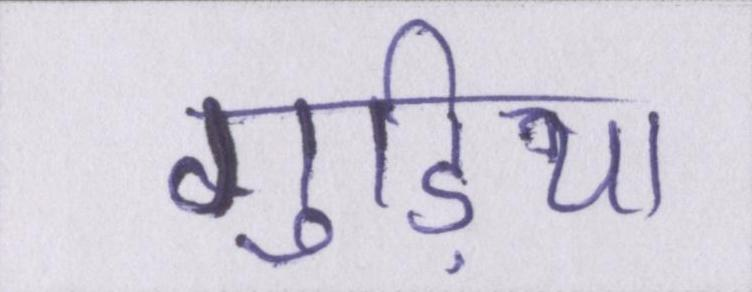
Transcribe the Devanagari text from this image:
गुड़िया